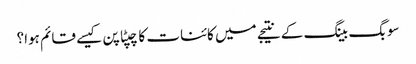
سو بگ بینگ کے نتیجے میں کائنات کا چپٹا پن کیسے قائم ہوا؟